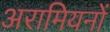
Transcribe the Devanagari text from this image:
अरामियनों